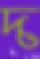
দ